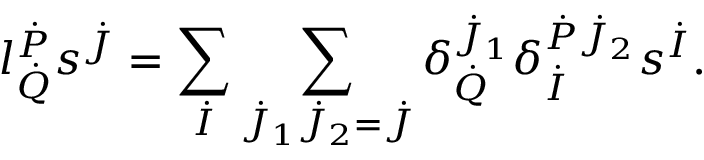
l _ { \dot { Q } } ^ { \dot { P } } s ^ { \dot { J } } = \sum _ { \dot { I } } \sum _ { \dot { J } _ { 1 } \dot { J } _ { 2 } = \dot { J } } \delta _ { \dot { Q } } ^ { \dot { J } _ { 1 } } \delta _ { \dot { I } } ^ { \dot { P } \dot { J } _ { 2 } } s ^ { \dot { I } } .